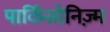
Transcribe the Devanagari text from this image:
पार्किंसोनिज़्म